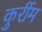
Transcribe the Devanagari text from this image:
कुर्रीम